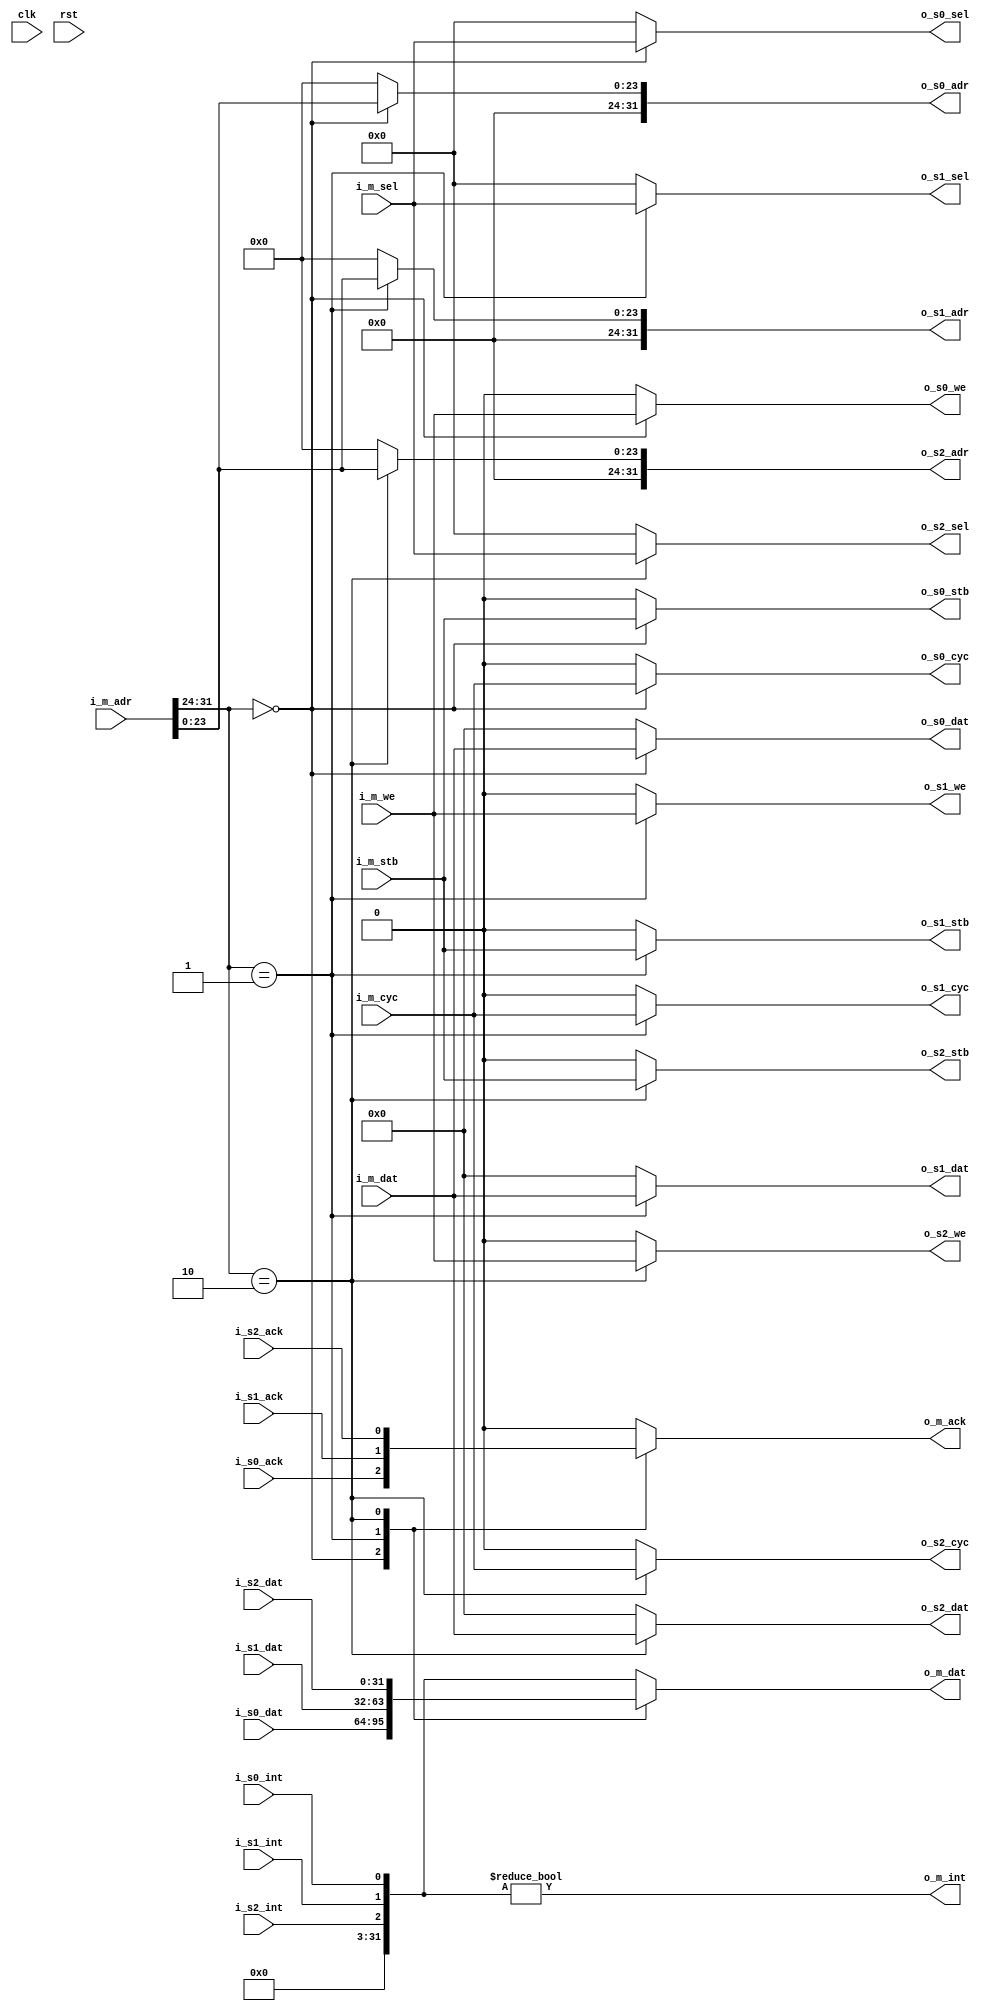
module wishbone_interconnect (

  //control signals
  input               clk,
  input               rst,

  //wishbone master signals
  input               i_m_we,
  input               i_m_stb,
  input               i_m_cyc,
  input       [3:0]   i_m_sel,
  input       [31:0]  i_m_adr,
  input       [31:0]  i_m_dat,
  output reg  [31:0]  o_m_dat,
  output reg          o_m_ack,
  output              o_m_int,

  //Slave 0
  output              o_s0_we,
  output              o_s0_cyc,
  output              o_s0_stb,
  output    [3:0]     o_s0_sel,
  input               i_s0_ack,
  output    [31:0]    o_s0_dat,
  input     [31:0]    i_s0_dat,
  output    [31:0]    o_s0_adr,
  input               i_s0_int,

  //Slave 1
  output              o_s1_we,
  output              o_s1_cyc,
  output              o_s1_stb,
  output    [3:0]     o_s1_sel,
  input               i_s1_ack,
  output    [31:0]    o_s1_dat,
  input     [31:0]    i_s1_dat,
  output    [31:0]    o_s1_adr,
  input               i_s1_int,

  //Slave 2
  output              o_s2_we,
  output              o_s2_cyc,
  output              o_s2_stb,
  output    [3:0]     o_s2_sel,
  input               i_s2_ack,
  output    [31:0]    o_s2_dat,
  input     [31:0]    i_s2_dat,
  output    [31:0]    o_s2_adr,
  input               i_s2_int


);


parameter ADDR_0 = 0;
parameter ADDR_1 = 1;
parameter ADDR_2 = 2;


parameter ADDR_FF = 8'hFF;

//state

//wishbone slave signals

//this should be parameterized
wire [7:0]slave_select;
wire [31:0] interrupts;

assign slave_select =   i_m_adr[31:24];

//data in from slave
always @ (slave_select or i_s0_dat or i_s1_dat or i_s2_dat or interrupts) begin
  case (slave_select)
    ADDR_0: begin
      o_m_dat <= i_s0_dat;
    end
    ADDR_1: begin
      o_m_dat <= i_s1_dat;
    end
    ADDR_2: begin
      o_m_dat <= i_s2_dat;
    end
    default: begin
      o_m_dat <= interrupts;
    end
  endcase
end



//ack in from slave

always @ (slave_select or i_s0_ack or i_s1_ack or i_s2_ack) begin
  case (slave_select)
    ADDR_0: begin
      o_m_ack <= i_s0_ack;
    end
    ADDR_1: begin
      o_m_ack <= i_s1_ack;
    end
    ADDR_2: begin
      o_m_ack <= i_s2_ack;
    end
    default: begin
      o_m_ack <= 1'h0;
    end
  endcase
end



//int in from slave
assign interrupts[0]    = i_s0_int;
assign interrupts[1]    = i_s1_int;
assign interrupts[2]    = i_s2_int;
assign interrupts[31:3]   = 0;


assign o_m_int  =   (interrupts != 0);

assign o_s0_we   =  (slave_select == ADDR_0) ? i_m_we: 1'b0;
assign o_s0_stb  =  (slave_select == ADDR_0) ? i_m_stb: 1'b0;
assign o_s0_sel  =  (slave_select == ADDR_0) ? i_m_sel: 4'h0;
assign o_s0_cyc  =  (slave_select == ADDR_0) ? i_m_cyc: 1'b0;
assign o_s0_adr  =  (slave_select == ADDR_0) ? {8'h0, i_m_adr[23:0]}: 32'h0;
assign o_s0_dat  =  (slave_select == ADDR_0) ? i_m_dat: 32'h0;

assign o_s1_we   =  (slave_select == ADDR_1) ? i_m_we: 1'b0;
assign o_s1_stb  =  (slave_select == ADDR_1) ? i_m_stb: 1'b0;
assign o_s1_sel  =  (slave_select == ADDR_1) ? i_m_sel: 4'h0;
assign o_s1_cyc  =  (slave_select == ADDR_1) ? i_m_cyc: 1'b0;
assign o_s1_adr  =  (slave_select == ADDR_1) ? {8'h0, i_m_adr[23:0]}: 32'h0;
assign o_s1_dat  =  (slave_select == ADDR_1) ? i_m_dat: 32'h0;

assign o_s2_we   =  (slave_select == ADDR_2) ? i_m_we: 1'b0;
assign o_s2_stb  =  (slave_select == ADDR_2) ? i_m_stb: 1'b0;
assign o_s2_sel  =  (slave_select == ADDR_2) ? i_m_sel: 4'h0;
assign o_s2_cyc  =  (slave_select == ADDR_2) ? i_m_cyc: 1'b0;
assign o_s2_adr  =  (slave_select == ADDR_2) ? {8'h0, i_m_adr[23:0]}: 32'h0;
assign o_s2_dat  =  (slave_select == ADDR_2) ? i_m_dat: 32'h0;



endmodule